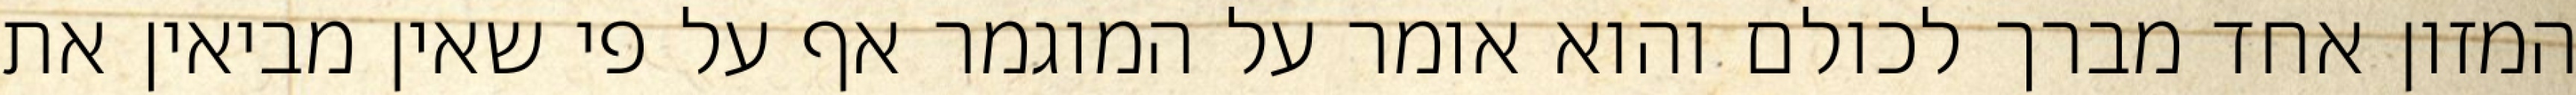
המזון אחד מברך לכולם והוא אומר על המוגמר אף על פי שאין מביאין את